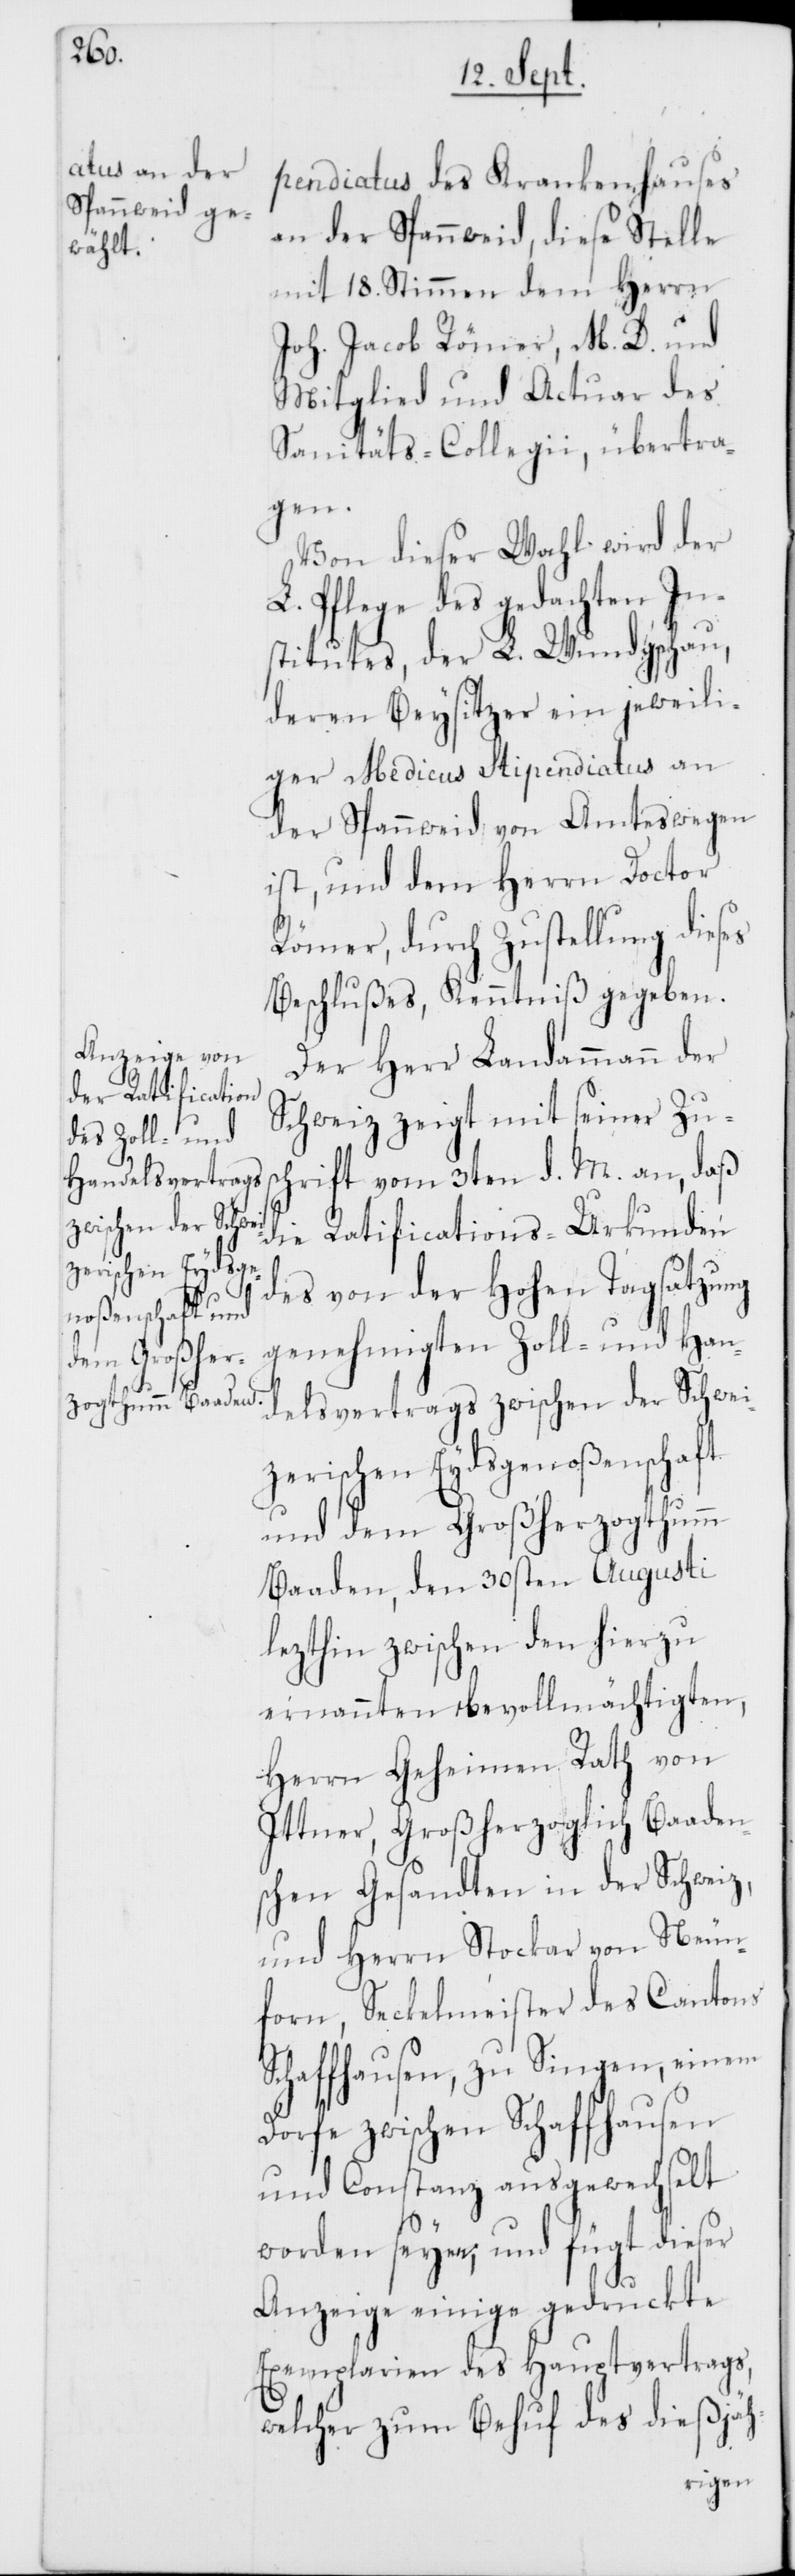
pendiatus des Krankenhauses
an der Spannweid, diese Stelle
mit 18. Stimmen dem Herrn
Joh. Jacob Römer, M. D. und
Mitglied und Actuar des
Sanitäts-Collegii übertra¬
gen.
Von dieser Wahl wird der
Pflege des gedachten In¬
stitutes, der L. Wundgschau,
deren Beysitzer ein jeweili¬
ger Medicus Stipendiatus an
der Spannweid von Amtes wegen
ist, und dem Herrn Doctor
Römer, durch Zustellung dieses
Beschlußes, Kenntniß gegeben.
Der Herr Landammann der
Schweiz zeigt mit seiner Zus¬
chrift vom 3ten d. M. an, daß
die Ratifications-Urkunden
des von der Hohen Tagsatzung
genehmigten Zoll- und Han¬
delsvertrags zwischen der Schwei¬
zerischen Eydsgenoßenschaft
und dem Großherzogthumm
Baaden, den 30sten Augusti
lezthin zwischen den hierzu
ernannten bevollmächtigten,
Herrn Geheimen Rath von
Ittner, Großherzoglich[-]Baaden¬
schen Gesandten in der Schweiz,
und Herren Stockar von Neun¬
forn, Seckelmeister des Cantons
Schaffhausen, zu Singen, einem
Dorfe zwischen Schaffhausen
und Constanz ausgewechselt
worden seyen; und fügt dieser
Anzeige einige gedruckte
Exemplarien des Hauptvertrags,
welcher zum Behuf des dießjäh-